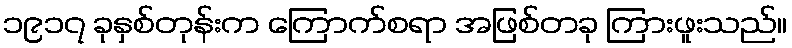
၁၉၁၇ ခုနှစ်တုန်းက ကြောက်စရာ အဖြစ်တခု ကြားဖူးသည်။